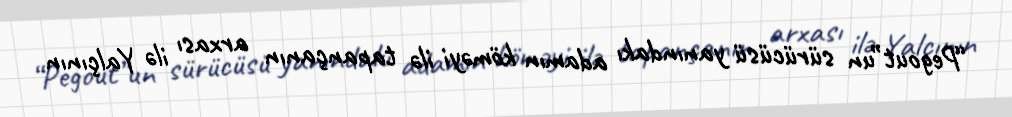
“Pegout”un sürücüsü yanındakı adamın köməyi ilə tapançanın arxası ilə Yalçının